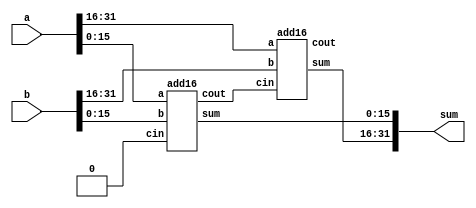
module top_module(
    input [31:0]a, b,
    output [31:0]sum
);

    wire carry_out;
    wire res_out;
    add16 addl(
        .a(a[15:0]),
        .b(b[15:0]),
        .cin(1'b0),
        .sum(sum[15:0]),
        .cout(carry_out)
    );
    add16 addh(
        .a(a[31:16]),
        .b(b[31:16]),
        .cin(carry_out),
        .sum(sum[31:16]),
        .cout(res_out)
    );

endmodule


/**
    fulladder
    s = a ^ b ^ cin
    cout = (a & b) | (b & cin) | (a & cin)
**/

module add1 ( 
    input a, 
    input b, 
    input cin, 
    output sum, 
    output cout ); 

    assign sum = a ^ b ^ cin;
    assign cout = (a & b) | (b & cin) | (a & cin);

endmodule

module add16 ( 
    input[15:0] a,
    input[15:0] b,
    input cin,
    output[15:0] sum, 
    output cout );

endmodule